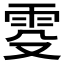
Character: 𬯹